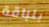
بلباقة